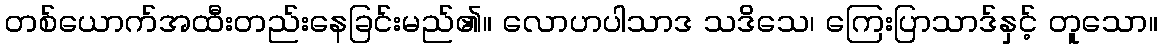
တစ်ယောက်အထီးတည်းနေခြင်းမည်၏။ လောဟပါသာဒ သဒိသေ၊ ကြေးပြာသာဒ်နှင့် တူသော။